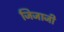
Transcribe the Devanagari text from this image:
जिजाजी